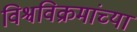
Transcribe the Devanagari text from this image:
विश्वविक्रमांच्या